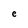
Character: e